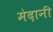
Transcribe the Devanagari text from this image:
मेदानी